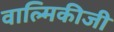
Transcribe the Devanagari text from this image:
वाल्‍मिकीजी